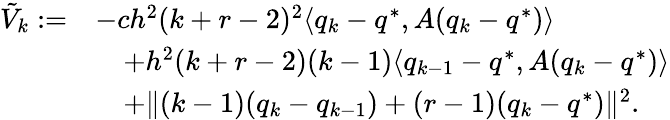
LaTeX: \begin{array}{rl}{\tilde{V}_{k}:=}&{-ch^{2}(k+r-2)^{2}\langle q_{k}-q^{*},A(q_{k}-q^{*})\rangle}\\ &{\quad+h^{2}(k+r-2)(k-1)\langle q_{k-1}-q^{*},A(q_{k}-q^{*})\rangle}\\ &{\quad+\| (k-1)(q_{k}-q_{k-1})+(r-1)(q_{k}-q^{*})\| ^{2}.}\end{array}